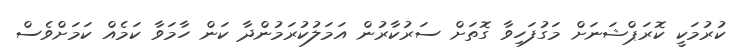
ކުރުމަކީ ކޮރަޕްޝަނަށް މަގުފަހިވާ ގޮތަށް ސަރުކާރުން އަމަލުކުރަމުންދާ ކަން ހާމަވާ ކަމެއް ކަމަށްވެސް